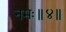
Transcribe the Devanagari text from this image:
नमः॥४॥